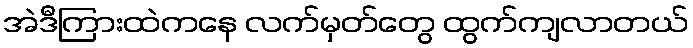
အဲဒီကြားထဲကနေ လက်မှတ်တွေ ထွက်ကျလာတယ်